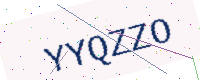
Text: YYQZZO